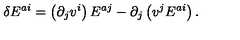
\delta E ^ { a i } = \left( \partial _ { j } v ^ { i } \right) E ^ { a j } - \partial _ { j } \left( v ^ { j } E ^ { a i } \right) .